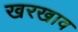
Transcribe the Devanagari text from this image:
खरखाव